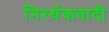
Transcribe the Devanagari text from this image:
निरर्थकवादी